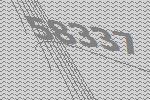
58337